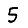
Digit: 5